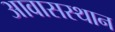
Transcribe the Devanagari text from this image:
आवासस्थान